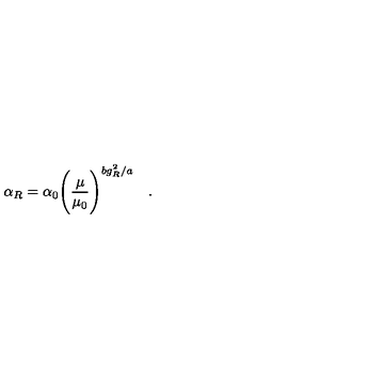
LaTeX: \alpha _ { R } = \alpha _ { 0 } \Biggr ( \frac { \mu } { \mu _ { 0 } } { \Biggr ) } ^ { b g _ { R } ^ { 2 } / a } \quad . \quad